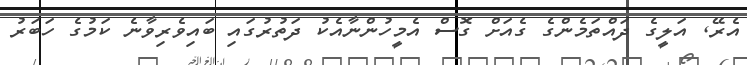
އެރޭ